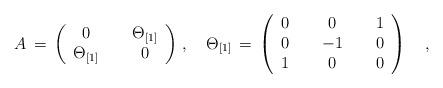
LaTeX: \begin{align*}A\,=\,\left(\begin{array}{ccc}0&{\,\,}&\Theta_{[1]}\\\Theta_{[1]}&{\,\,}&0\end{array}\right)\,,\quad\Theta_{[1]}\,=\,\left(\begin{array}{ccccc}0&{\,\,}&0&{\,\,}&1\\0&{\,\,}&-1&{\,\,}&0\\1&{\,\,}&0&{\,\,}&0\end{array}\right)\quad,\end{align*}